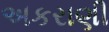
અકરાણી